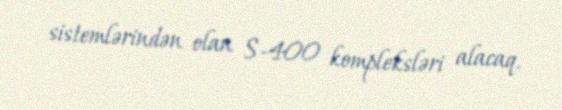
sistemlərindən olan S-400 kompleksləri alacaq.